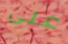
على